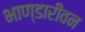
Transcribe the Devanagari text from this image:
भाण्डारीवन